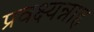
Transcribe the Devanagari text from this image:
प्रवक्ष्यन्नाह